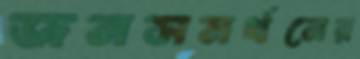
জনসমর্থনের